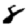
Digit: 8